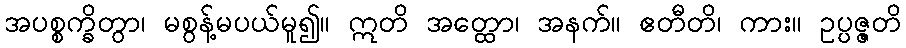
အပစ္စက္ခိတွာ၊ မစွန့်မပယ်မူ၍။ ဣတိ အတ္ထော၊ အနက်။ ဧတီတိ၊ ကား။ ဥပ္ပဇ္ဇတိ